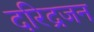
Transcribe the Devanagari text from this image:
दरिद्रजन